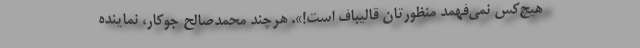
هیچ‌کس نمی‌فهمد منظورتان قالیباف است!». هرچند محمدصالح جوکار، نماینده